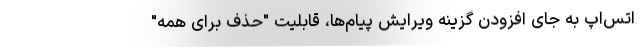
اتس‌اپ به جای افزودن گزینه ویرایش پیام‌ها، قابلیت "حذف برای همه"